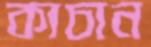
কাচান